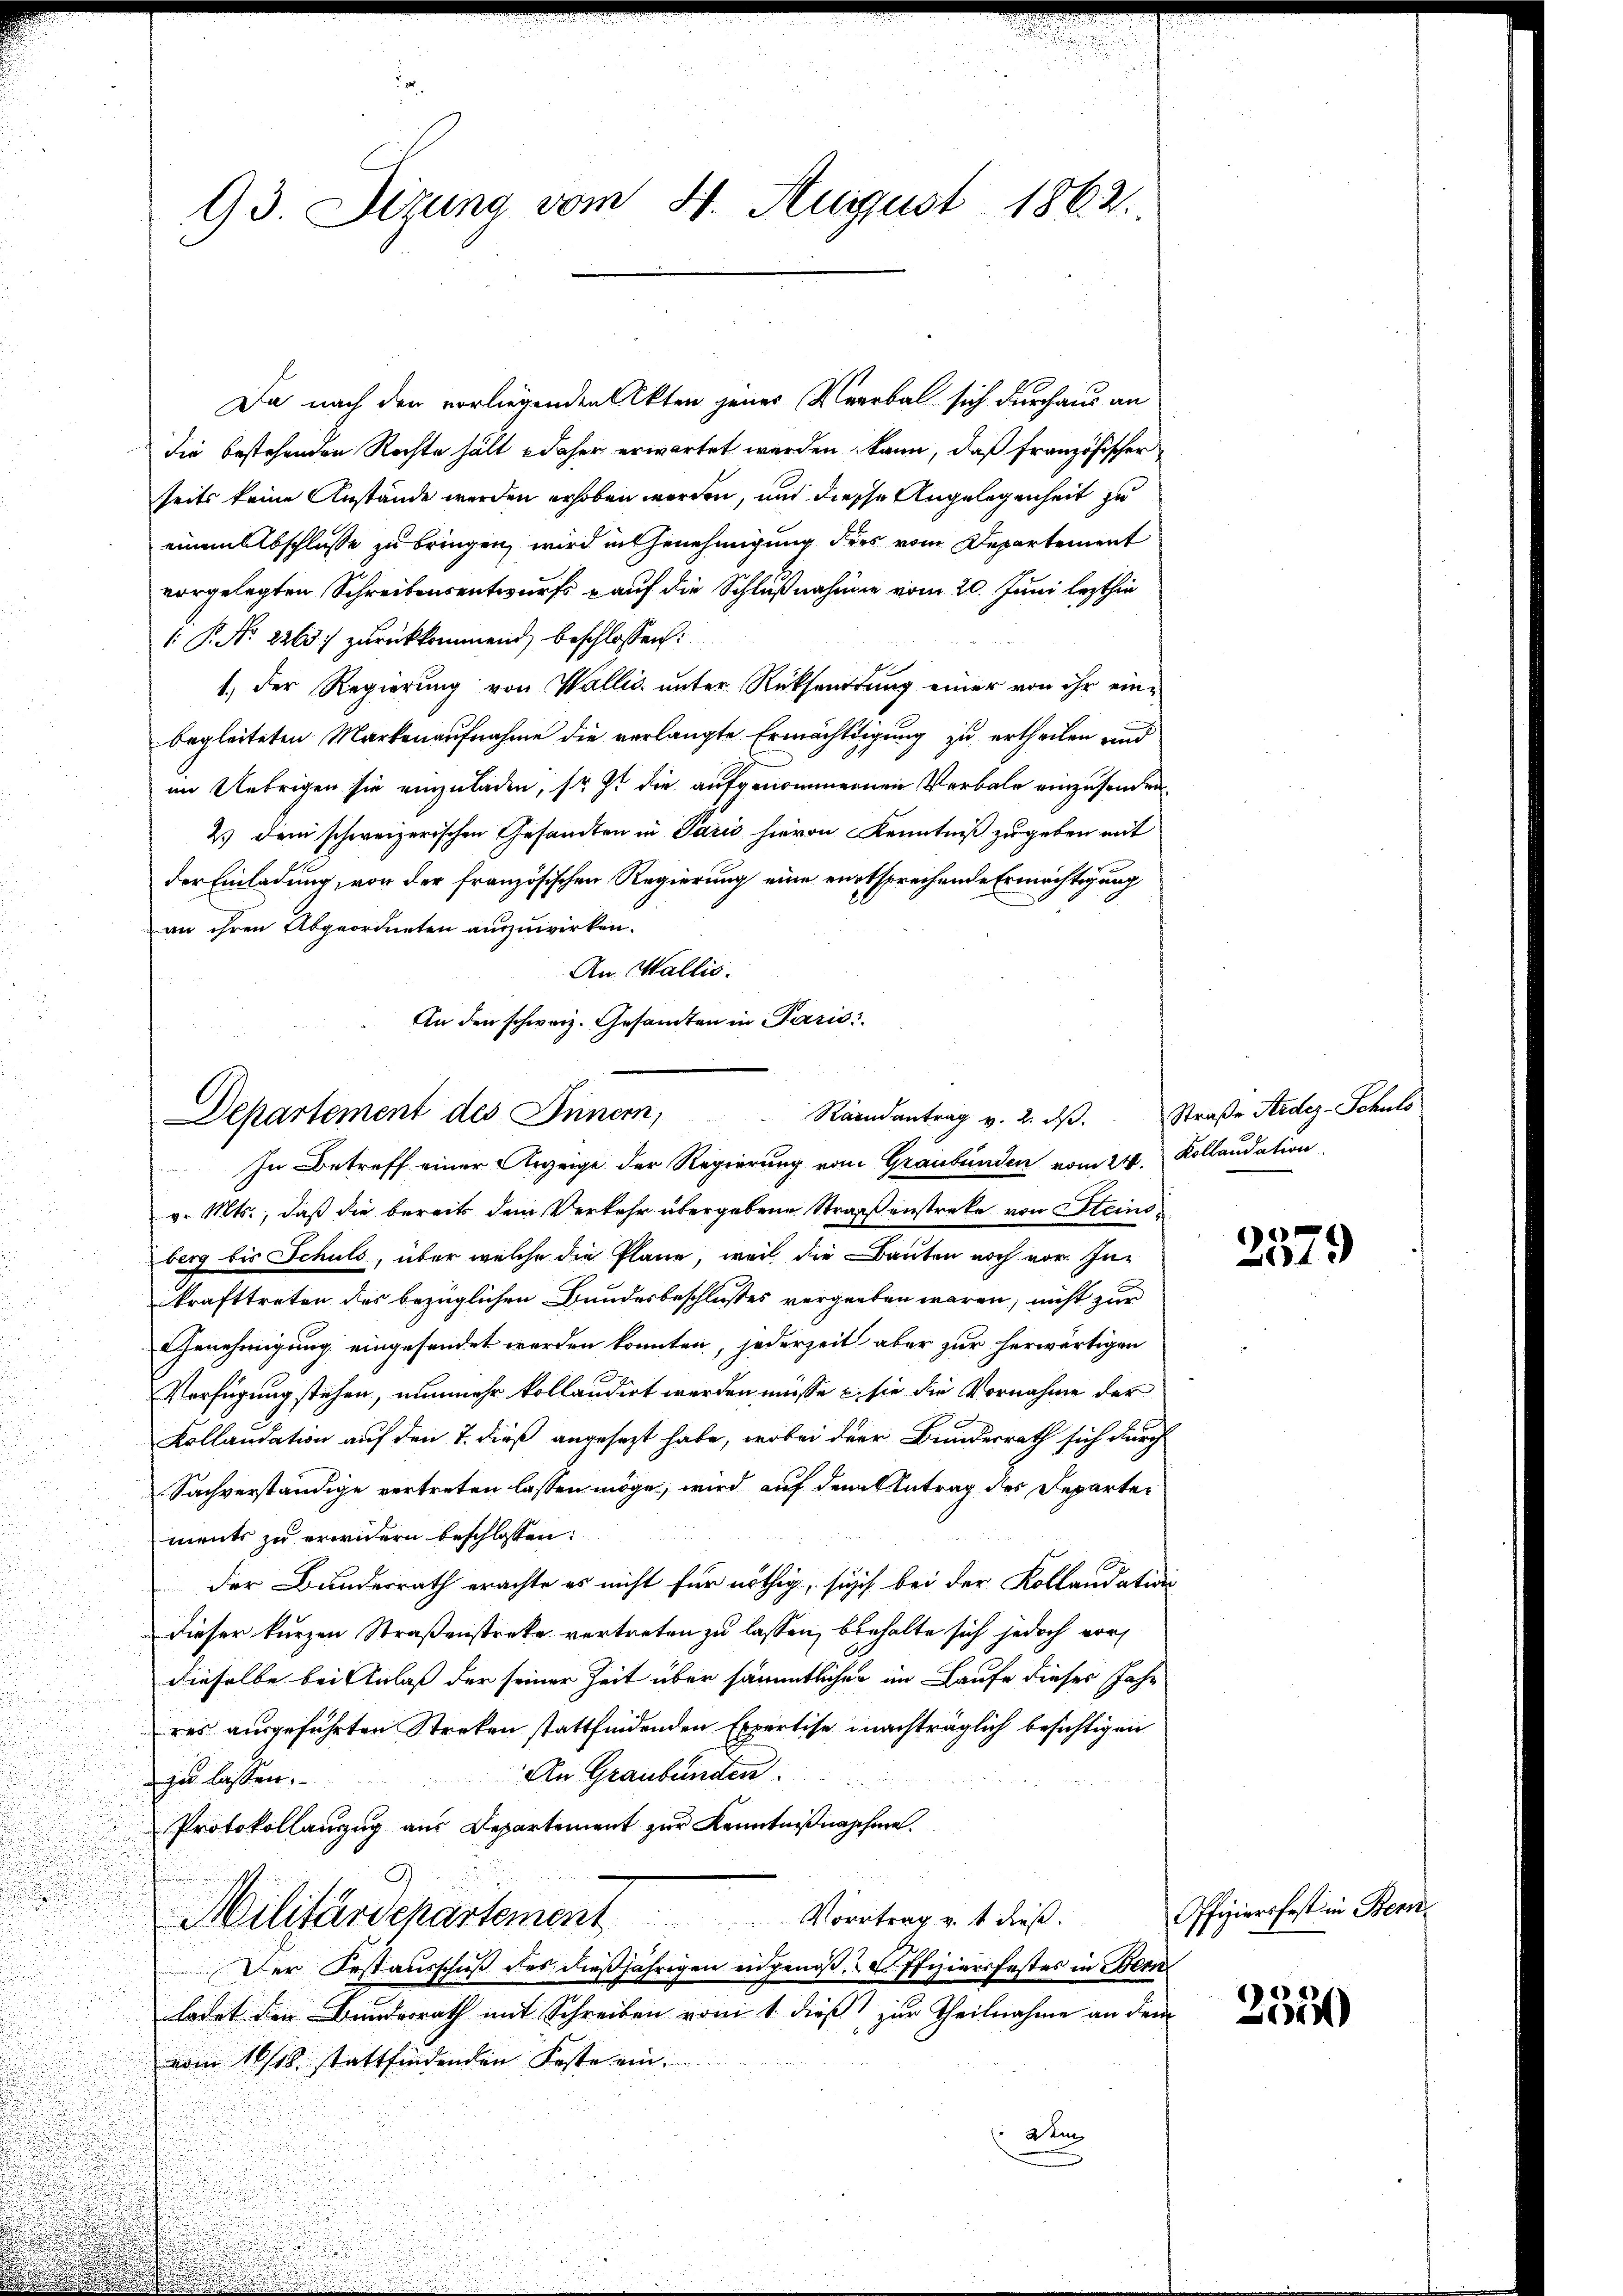
93 Sizung vom 4. August 1862.

Da nach den vorliegenden Akten jenes Verbal sich durchaus an
die bestehenden Rechte hält daher erwartet werden kann, daß französischer
seits keine Anstände werden erhoben werden, und diese Angelegenheit zu
einem Abschlusse zu bringen, wird in Genehmigung dies vom Departement
vorgelegten Schreibensentwurfs auf die Schlußnahmen vom 20. Juni lezthin
: P. Nr. 2263. zurückkommend beschlossen:
1. der Regierŭng von Wallis ŭnter Rücksendŭng einer von ihr ein-
begleiteten Markenaufnahme die verlangte Ermächtigung zu ertheilen und
im Uebrigen sie einzuladen, so ist die aufgenommenen Verbale einzusenden.
2.) Dem schweizerischen Gesandten in Paris hievon Kenntniß zugeben mit
der Einladung, von der französischen Regierung eine entsprechende Ermächtigung
an ihren Abgeordneten auszuwirken.
An Wallis.
An den schweiz. Gesamten in Paris

Departement des Innern,
Raandantrag v. 2. ds.
In Betreff einer Anzeige der Regierung vom Graubünden vom 24. Kollaudation

Straße Stedes-Schulo

v. Mts., daß die bereits dem Verkehr übergebene Straßenstreke von Steinsberg bis Schuls, über welche die Plane, weil die Bauten noch vor Inkrafttreten des bezüglichen Bundesbeschlußes vergeben wären, nicht zur
Genehmigung eingesendet werden konnten, jederzeit aber zur herwärtigen
Verfügung stehen, nunmehr kollaudirt werden müsse u. sie die Vornahme der
i
Kollandation auf den 7. dieß angesezt habe, wobei der Bundesrath sich durch
.
Sachverständige vertreten lassen möge, wird auf dem Antrag des Departements zu erwidern beschlossen:
der Bundesrath erachte es nicht für nöthig, such bei der Kollandation
dieser kurzen Straßenstreke vertreten zu lassen, behalte sich jedoch vor
dieselbe bei Anlaß der seiner Zeit über sämmtlichen im Laufe dieses Jahr
res ausgeführten Streken stattfindenden Expertise nachträglich besichtigen
An Graubünden
zu lassen.
Protokollanzug aus Departement zur Kenntnißnahme.
Vortrag v. t dieß.
Militärschartement
Der Festausschuß des dießjährigen eidgenoß.. Pfiziersfestes in Bern
ladet den Bundesrath mit Schreiben vom 1. dieß zur Theilnahme an dem
vom 16/18. stattfindenden Feste eind

2579

Offiziersfest in Bern

2550